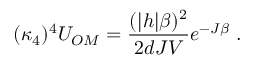
( \kappa _ { 4 } ) ^ { 4 } U _ { O M } = \frac { ( | h | \beta ) ^ { 2 } } { 2 d J V } e ^ { - J \beta } \; .